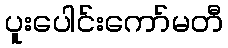
ပူးပေါင်းကော်မတီ